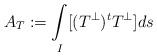
LaTeX: \begin{align*}A_T:= \underset{I}{\int}[(T^{\perp})^{t} T^{\perp}] ds \end{align*}